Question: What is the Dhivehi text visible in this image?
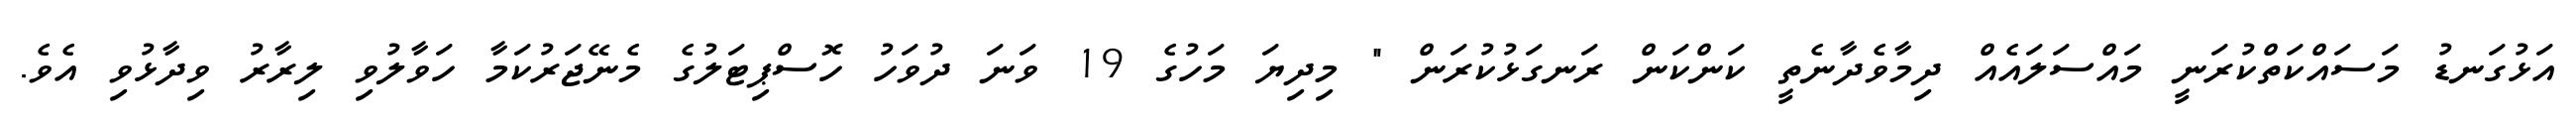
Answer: އަޅުގަނޑު މަސައްކަތްކުރަނީ މައްސަލައެއް ދިމާވެދާނެތީ ކަންކަން ރަނގަޅުކުރަން " މިދިޔަ މަހުގެ 19 ވަނަ ދުވަހު ހޮސްޕިޓަލުގެ މެނޭޖަރުކަމާ ހަވާލުވި ލިރާރު ވިދާޅުވި އެވެ.